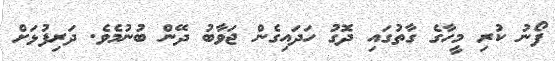
ފޯނު ކުރި މީހާގެ ގާތުގައި ދޮގު ހަދައިގެން ޖަވާބު ދޭން ބުނުމެވެ. ދަރިފުޅަށް